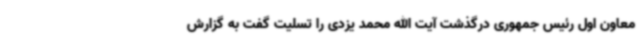
معاون اول رئیس جمهوری درگذشت آیت الله محمد یزدی را تسلیت گفت به گزارش